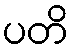
ပတိ